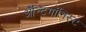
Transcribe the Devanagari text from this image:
अँन्टिगॉनिस्ट